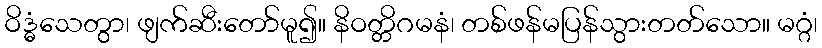
ဝိဒ္ဓံသေတွာ၊ ဖျက်ဆီးတော်မူ၍။ နိဝတ္တိဂမနံ၊ တစ်ဖန်မပြန်သွားတတ်သော။ မဂ္ဂံ၊